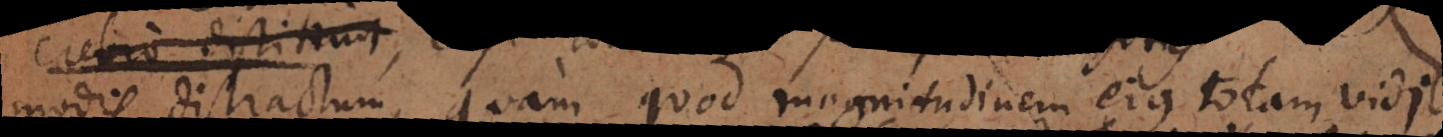
modis distractum, quam quod magnitudinem ejus totam vidi